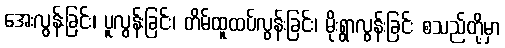
အေးလွန်းခြင်း၊ ပူလွန်းခြင်း၊ တိမ်ထူထပ်လွန်းခြင်း၊ မိုးရွာလွန်းခြင်း စသည်တို့မှာ